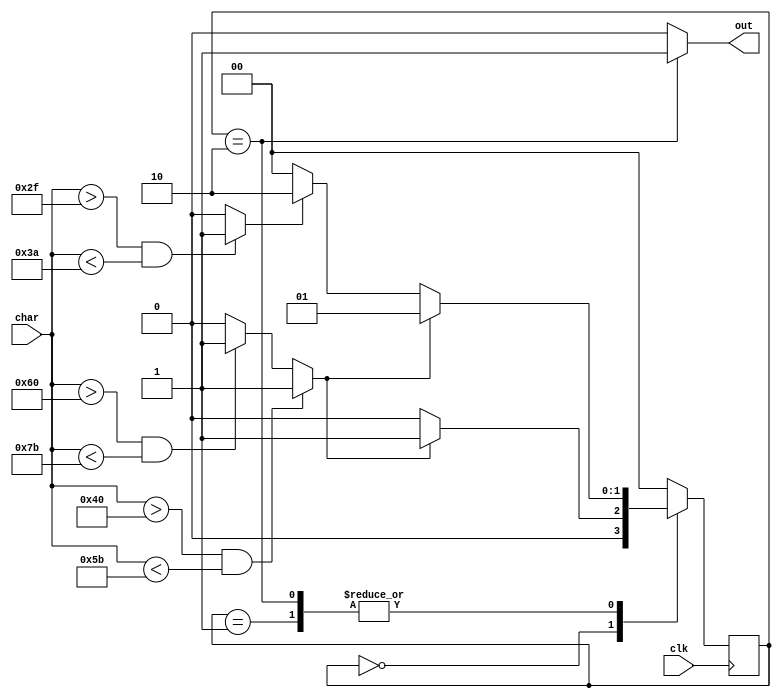
`timescale 1ns / 1ps
//////////////////////////////////////////////////////////////////////////////////
// Company: 
// Engineer: 
// 
// Design Name: 
// Module Name:    id_fsm 
// Project Name: 
// Target Devices: 
// Tool versions: 
// Description: 
//
// Dependencies: 
//
// Revision: 
// Revision 0.01 - File Created
// Additional Comments: 
//
//////////////////////////////////////////////////////////////////////////////////
`define S0 2'b00
`define S1 2'b01
`define S2 2'b10
`define S3 2'b11

module id_fsm(
	input [7:0] char,
	input clk,
	output out
    );
	
	reg [1:0] status;
	reg isalphabet;
	reg isnumber;
	
	initial begin
		status = 2'b00;
	end
	
	always @(*) begin
		if ((char > 8'h40) && (char < 8'h5B))begin
			isalphabet = 1'b1;
		end
		else if ((char > 8'h60) && (char < 8'h7B)) begin
			isalphabet = 1'b1;
		end
		else begin
			isalphabet = 1'b0;//
		end
	end

	always @(*) begin
		if ((char > 8'h2F) && (char < 8'h3A)) begin
			isnumber = 1'b1;
		end
		else begin
			isnumber = 1'b0;
		end
	end

	always @(posedge clk) begin
		case(status)
		`S0:begin
					if (isalphabet) begin
						status <= `S1;
					end
					else if (isnumber) begin
						status <= `S0;
					end
					else begin
						status <= `S0;
					end
				end
		`S1:begin
					if (isalphabet) begin
						status <= `S1;
					end
					else if (isnumber) begin
						status <= `S2;
					end
					else begin
						status <= `S0;
					end
				end
		`S2:begin
					if (isalphabet) begin
						status <= `S1;
					end
					else if (isnumber) begin
						status <= `S2;
					end
					else begin
						status <= `S0;
					end
				end
		default:begin
					status <= `S0;
				end
		endcase
	end

	assign out = (status == `S2) ? 1'b1 : 1'b0;

endmodule